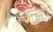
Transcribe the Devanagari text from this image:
इन्‍दू